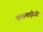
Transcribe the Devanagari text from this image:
कलमाड़ीजी